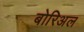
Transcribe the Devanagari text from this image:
बोरिअल